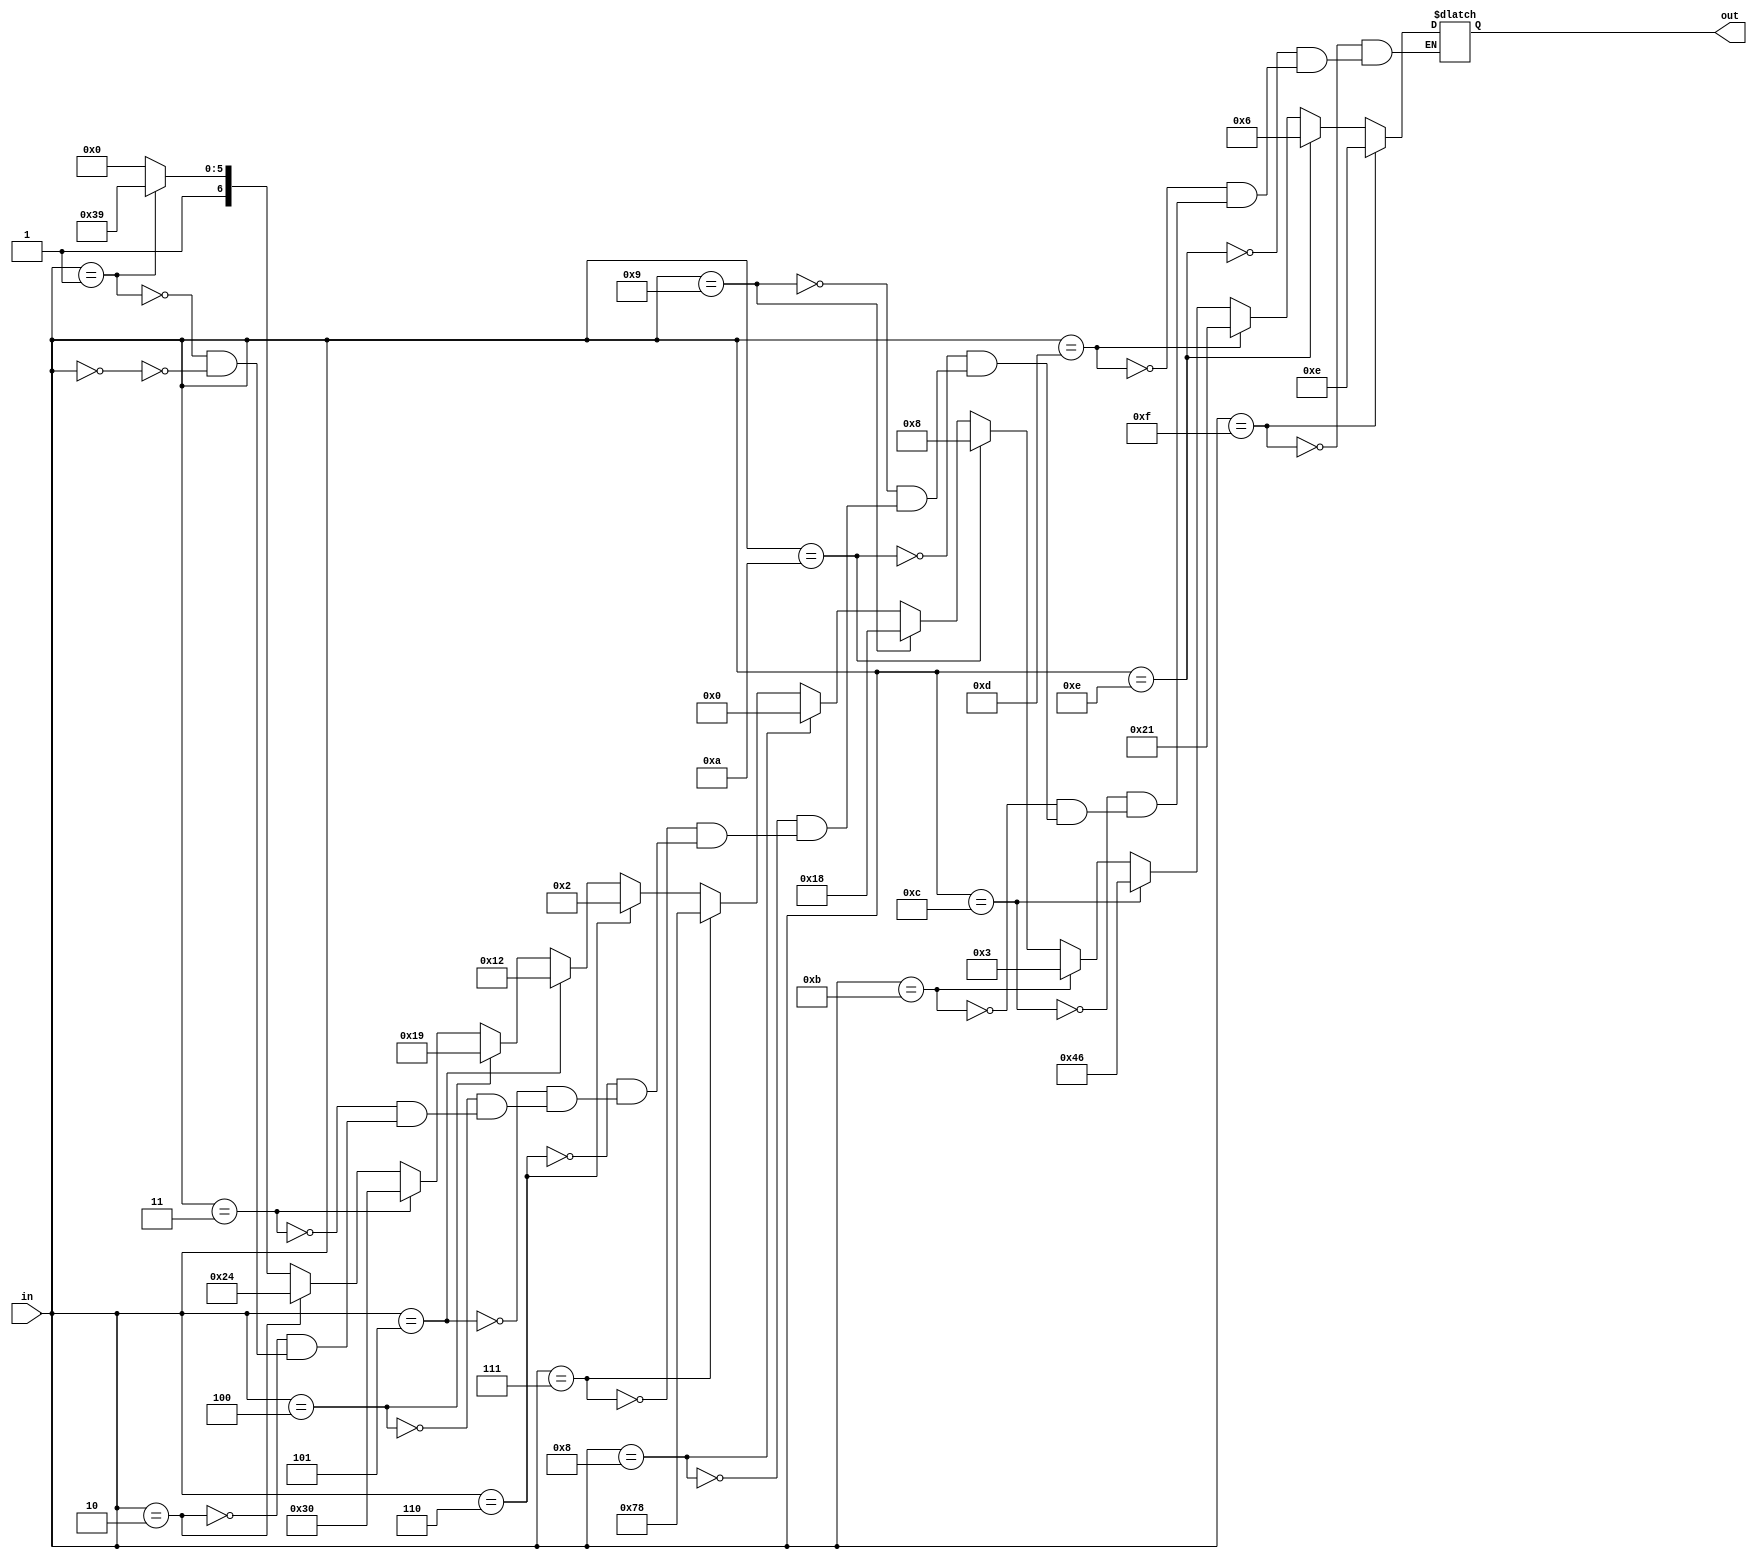
 // file hexdecoder.v
module hexdecoder ( in, out );
 input wire [3:0] in;
 output reg [6:0] out;
 always @* begin
 if (in == 4'h0) begin
 out = ~7'b0111111;
 end
  if (in == 4'h1) begin
 out = ~7'b0000110;
 end
  if (in == 4'h2) begin
 out = ~7'b1011011;
 end
  if (in == 4'h3) begin
 out = ~7'b1001111;
 end
  if (in == 4'h4) begin
 out = ~7'b1100110;
 end
  if (in == 4'h5) begin
 out = ~7'b1101101;
 end
  if (in == 4'h6) begin
 out = ~7'b1111101;
 end
  if (in == 4'h7) begin
 out = ~7'b0000111;
 end
  if (in == 4'h8) begin
 out = ~7'b1111111;
 end
  if (in == 4'h9) begin
 out = ~7'b1100111;
 end
 if (in == 4'ha) begin
 out = ~7'b1110111;
 end
 if (in == 4'hb) begin
 out = ~7'b1111100;
 end
 if (in == 4'hc) begin
 out = ~7'b0111001;
 end
 if (in == 4'hd) begin
 out = ~7'b1011110;
 end
 if (in == 4'he) begin
 out = ~7'b1111001;
 end
 if (in == 4'hf) begin
 out = ~7'b1110001;
 end
 end
endmodule